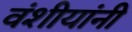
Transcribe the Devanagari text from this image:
वंशीयांनी